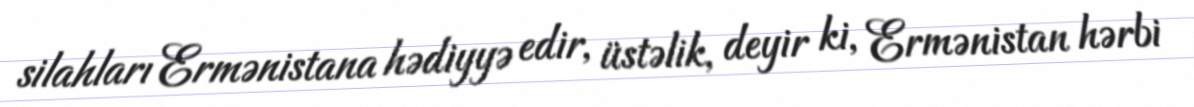
silahları Ermənistana hədiyyə edir, üstəlik, deyir ki, Ermənistan hərbi